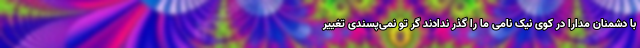
با دشمنان مدارا در کوی نیک نامی ما را گذر ندادند گر تو نمی‌پسندی تغییر